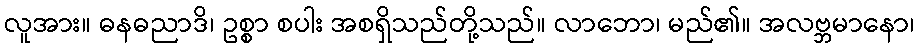
လူအား။ ဓနဓညာဒိ၊ ဥစ္စာ စပါး အစရှိသည်တို့သည်။ လာဘော၊ မည်၏။ အလဗ္ဘမာနော၊